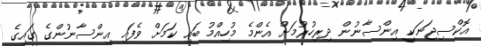
އޮކްސިޖަނަކީ އިންސާނުން ދިރިހުރުމަށް އެންމެ މުހިއްމު ބައި ކަމަށް ވެފައި އިންސާނުންގެ ގައިގެ